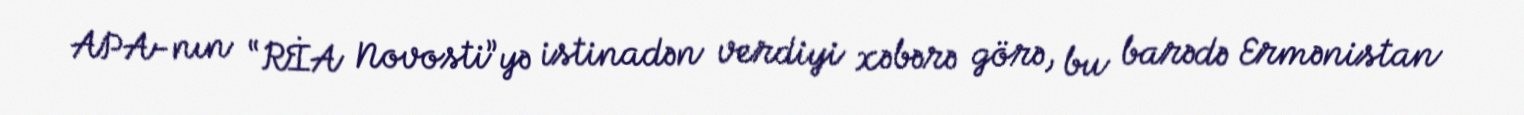
APA-nın “RİA Novosti”yə istinadən verdiyi xəbərə görə, bu barədə Ermənistan